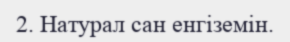
2. Натурал сан енгіземін.